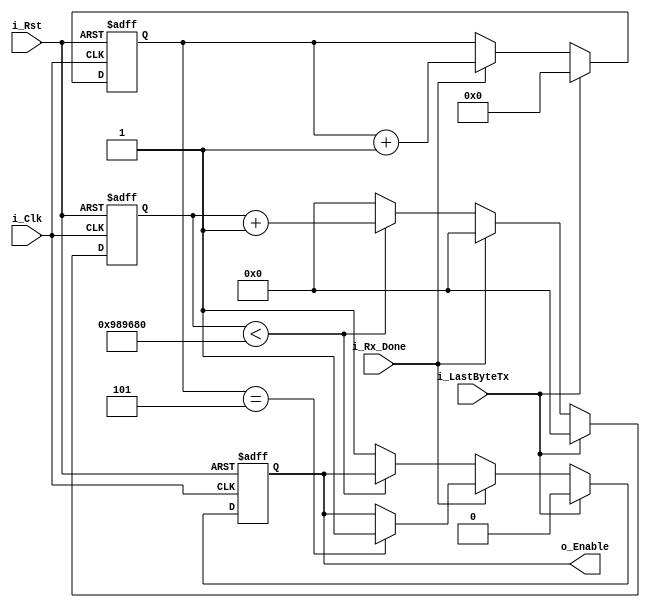
`timescale 1ns / 1ps
//////////////////////////////////////////////////////////////////////////////////
// Company: 
// Engineer: 
// 
// Design Name: 
// Module Name: arbiter
// Project Name: 
// Target Devices: 
// Tool Versions: 
// Description: 
// 
// Dependencies: 
// 
// Revision:
// Revision 0.01 - File Created
// Additional Comments:
// 
//////////////////////////////////////////////////////////////////////////////////


module arbiter(
        input i_Clk,
        input i_Rst,
        input i_LastByteTx,
        input i_Rx_Done,
        output reg o_Enable
    );

reg [3:0] r_Contador_Tx;
reg [3:0] r_Contador_Rx;
reg [31:0] r_Delay;
            
    always @ (posedge i_Clk or posedge i_Rst) begin 
        if (i_Rst) begin
            o_Enable <= 1;
            r_Contador_Rx <= 0;
            r_Delay <= 0;
        end else begin
            if (i_LastByteTx) begin                
                o_Enable <= 0;
                r_Contador_Rx <= 0;
                r_Delay <= 0;
            end else if (i_Rx_Done) begin
                r_Contador_Rx <= r_Contador_Rx + 1;
                r_Delay <= 0;
                if (r_Contador_Rx == 5) begin
                    o_Enable <= 1;
                end else begin
                    o_Enable <= o_Enable;
                end
            end else if (r_Delay < 10000000) begin
                r_Delay <= r_Delay + 1;
                o_Enable <= o_Enable;            
            end else begin
                r_Delay <= 0;
                o_Enable <= 1;
            end
        end
    end            
            
endmodule